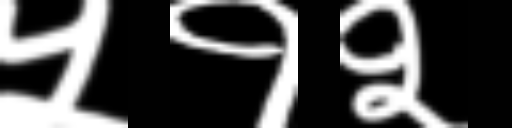
Text: ५१२